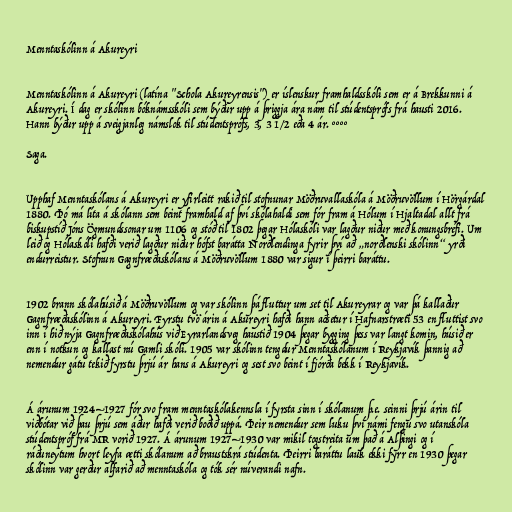
Menntaskólinn á Akureyri

Menntaskólinn á Akureyri (latína "Schola Akureyrensis") er íslenskur framhaldsskóli sem er á Brekkunni á
Akureyri. Í dag er skólinn bóknámsskóli sem býður upp á þriggja ára nám til stúdentsprófs frá hausti 2016.
Hann býður upp á sveigjanleg námslok til stúdentsprófs, 3, 3 1/2 eða 4 ár. °°°°

Saga.

Upphaf Menntaskólans á Akureyri er yfirleitt rakið til stofnunar Möðruvallaskóla á Möðruvöllum í Hörgárdal
1880. Þó má líta á skólann sem beint framhald af því skólahaldi sem fór fram á Hólum í Hjaltadal allt frá
biskupstíð Jóns Ögmundssonar um 1106 og stóð til 1802 þegar Hólaskóli var lagður niður með konungsbréfi. Um
leið og Hólaskóli hafði verið lagður niður hófst barátta Norðlendinga fyrir því að „norðlenski skólinn“ yrði
endurreistur. Stofnun Gagnfræðaskólans á Möðruvöllum 1880 var sigur í þeirri baráttu.

1902 brann skólahúsið á Möðruvöllum og var skólinn þá fluttur um set til Akureyrar og var þá kallaður
Gagnfræðaskólinn á Akureyri. Fyrstu tvö árin á Akureyri hafði hann aðsetur í Hafnarstræti 53 en fluttist svo
inn í hið nýja Gagnfræðaskólahús við Eyrarlandsveg haustið 1904 þegar bygging þess var langt komin, húsið er
enn í notkun og kallast nú Gamli skóli. 1905 var skólinn tengdur Menntaskólanum í Reykjavík þannig að
nemendur gátu tekið fyrstu þrjú ár hans á Akureyri og sest svo beint í fjórða bekk í Reykjavík.

Á árunum 1924–1927 fór svo fram menntaskólakennsla í fyrsta sinn í skólanum þ.e. seinni þrjú árin til
viðbótar við þau þrjú sem áður hafði verið boðið uppá. Þeir nemendur sem luku því námi fengu svo utanskóla
stúdentspróf frá MR vorið 1927. Á árunum 1927–1930 var mikil togstreita um það á Alþingi og í
ráðuneytum hvort leyfa ætti skólanum að braustskrá stúdenta. Þeirri baráttu lauk ekki fyrr en 1930 þegar
skólinn var gerður alfarið að menntaskóla og tók sér núverandi nafn.